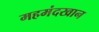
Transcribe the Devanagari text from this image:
महमंदखान